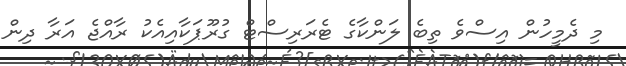
މި ދެމީހުން އިސްވެ ތިބެ ލަންކާގެ ޓެރަރިސްޓް ގުރޫޕަކާއިއެކު ރާއްޖެ އަރާ ދިން